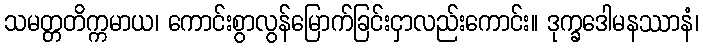
သမတ္တတိက္ကမာယ၊ ကောင်းစွာလွန်မြောက်ခြင်းငှာလည်းကောင်း။ ဒုက္ခဒေါမနဿာနံ၊